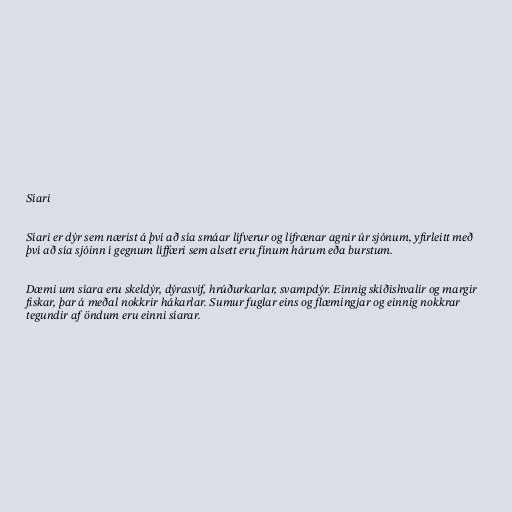
Síari

Síari er dýr sem nærist á því að sía smáar lífverur og lífrænar agnir úr sjónum, yfirleitt með
því að sía sjóinn í gegnum líffæri sem alsett eru fínum hárum eða burstum.

Dæmi um síara eru skeldýr, dýrasvif, hrúðurkarlar, svampdýr. Einnig skíðishvalir og margir
fiskar, þar á meðal nokkrir hákarlar. Sumur fuglar eins og flæmingjar og einnig nokkrar
tegundir af öndum eru einni síarar.